Plague in India, 1896, 1897 - Volume 2
Year: 1896
Disease focus: Plague
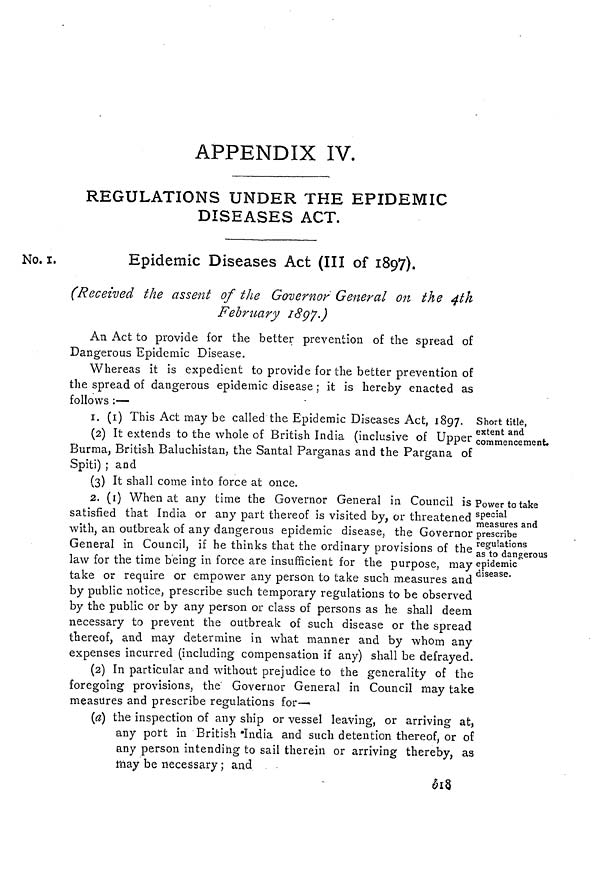
APPENDIX IV.
REGULATIONS UNDER THE EPIDEMIC
DISEASES ACT.
No. I.
Epidemic Diseases Act (III of 1897).
(Received the assent of the Governor General on the 4th
February 1897.)
An Act to provide for the better prevention of the spread of
Dangerous Epidemic Disease.
Whereas it is expedient to provide for the better prevention of
the spread of dangerous epidemic disease ; it is hereby enacted as
follows :—
Short title,
extent and
commencement.
I. (I) This Act may be called the Epidemic Diseases Act, 1897.
(2) It extends to the whole of British India (inclusive of Upper
Burma, British Baluchistan, the Santal Parganas and the Pargana of
Spiti) ; and
(3) It shall come into force at once.
Power to take
special
measures and
prescribe
regulations
as to dangerous
epidemic
disease.
2. (i) When at any time the Governor General in Council is
satisfied that India or any part thereof is visited by, or threatened
with, an outbreak of any dangerous epidemic disease, the Governor
General in Council, if he thinks that the ordinary provisions of the
law for the time being in force are insufficient for the purpose, may
take or require or empower any person to take such measures and
by public notice, prescribe such temporary regulations to be observed
by the public or by any person or class of persons as he shall deem
necessary to prevent the outbreak of such disease or the spread
thereof, and may determine in what manner and by whom any
expenses incurred (including compensation if any) shall be defrayed.
(2) In particular and without prejudice to the generality of the
foregoing provisions, the Governor General in Council may take
measures and prescribe regulations for—
(a) the inspection of any ship or vessel leaving, or arriving at
any port in British 'India and such detention thereof, or of
any person intending to sail therein or arriving thereby, as
may be necessary ; and
18